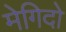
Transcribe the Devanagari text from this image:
मेगिदो